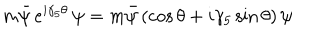
LaTeX: m \bar { \psi } \, e ^ { i \gamma _ { 5 } \theta } \, \psi = m \bar { \psi } \left( \cos \theta + i \gamma _ { 5 } \sin \theta \right) \psi